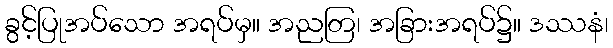
ခွင့်ပြုအပ်သော အရပ်မှ။ အညတြ၊ အခြားအရပ်၌။ ဒဿနံ၊